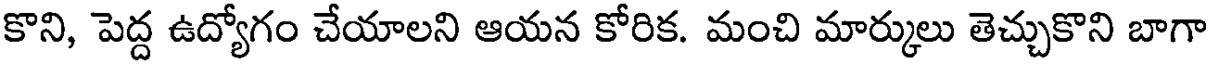
కొని, పెద్ద ఉద్యోగం చేయాలని ఆయన కోరిక. మంచి మార్కులు తెచ్చుకొని బాగా